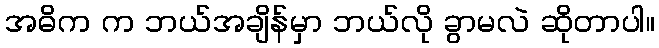
အဓိက က ဘယ်အချိန်မှာ ဘယ်လို ခွာမလဲ ဆိုတာပါ။